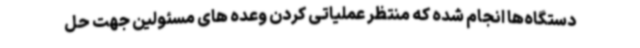
دستگاه‌ها انجام شده که منتظر عملیاتی کردن وعده های مسئولین جهت حل